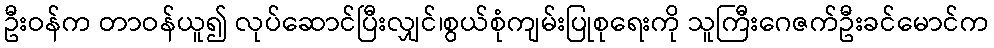
ဦးဝန်က တာဝန်ယူ၍ လုပ်ဆောင်ပြီးလျှင်၊စွယ်စုံကျမ်းပြုစုရေးကို သူကြီးဂေဇက်ဦးခင်မောင်က